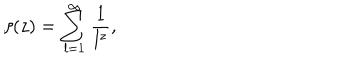
LaTeX: \zeta ( z ) = \sum _ { l = 1 } ^ { \infty } \frac { 1 } { l ^ { z } } ,